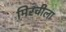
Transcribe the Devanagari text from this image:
मिरचीला